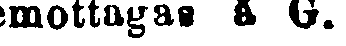
mottagag å G.